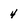
Character: 4